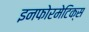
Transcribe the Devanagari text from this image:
इनफोरमेटिक्स